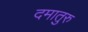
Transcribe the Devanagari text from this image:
दमातुरु